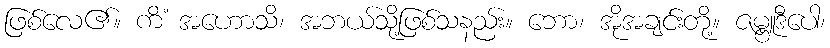
ဖြစ်လေ၏။ ကိံ အဟောသိ၊ အဘယ်သို့ဖြစ်သနည်း။ ဘော၊ အိုအချင်းတို့။ ဇမ္ဗူဒီပေါ၊